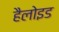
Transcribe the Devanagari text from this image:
हैलोइड